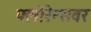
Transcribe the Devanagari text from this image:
फ्लोरेन्सवर